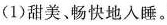
(1)甜美，畅快地入睡。